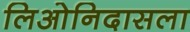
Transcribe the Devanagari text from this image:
लिओनिदासला